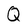
Character: Q